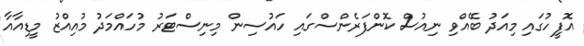
އޮފީހުގައި މިއަދު ބޭއްވި ނިއުސް ކޮންފަރެންސްގައި ހައުސިން މިނިސްޓަރު މުހައްމަދު މުއިއްޒު މީޑިއާއާ